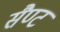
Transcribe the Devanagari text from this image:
सैण्ट